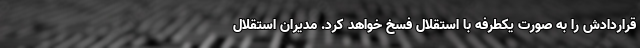
قراردادش را به صورت یکطرفه با استقلال فسخ خواهد کرد. مدیران استقلال